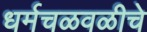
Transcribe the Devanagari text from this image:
धर्मचळवळीचे